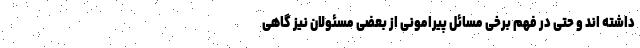
داشته اند و حتی در فهم برخی مسائل پیرامونی از بعضی مسئولان نیز گاهی